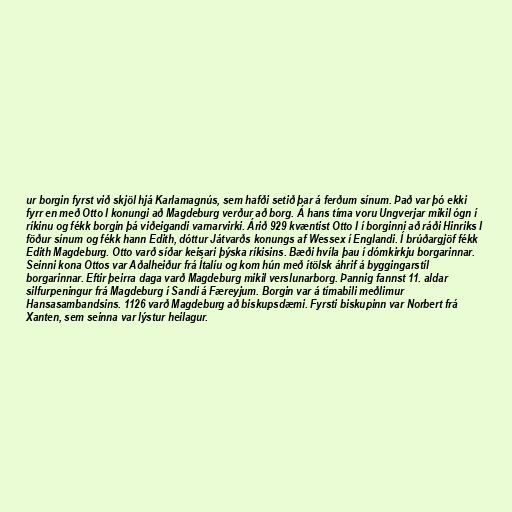
ur borgin fyrst við skjöl hjá Karlamagnús, sem hafði setið þar á ferðum sínum. Það var þó ekki
fyrr en með Otto I konungi að Magdeburg verður að borg. Á hans tíma voru Ungverjar mikil ógn í
ríkinu og fékk borgin þá viðeigandi varnarvirki. Árið 929 kvæntist Otto I í borginni að ráði Hinriks I
föður sínum og fékk hann Edith, dóttur Játvarðs konungs af Wessex í Englandi. Í brúðargjöf fékk
Edith Magdeburg. Otto varð síðar keisari þýska ríkisins. Bæði hvíla þau í dómkirkju borgarinnar.
Seinni kona Ottos var Aðalheiður frá Ítalíu og kom hún með ítölsk áhrif á byggingarstíl
borgarinnar. Eftir þeirra daga varð Magdeburg mikil verslunarborg. Þannig fannst 11. aldar
silfurpeningur frá Magdeburg í Sandi á Færeyjum. Borgin var á tímabili meðlimur
Hansasambandsins. 1126 varð Magdeburg að biskupsdæmi. Fyrsti biskupinn var Norbert frá
Xanten, sem seinna var lýstur heilagur.